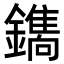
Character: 𮣛